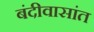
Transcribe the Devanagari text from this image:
बंदीवासांत